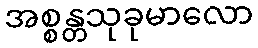
အစ္စန္တသုခုမာလော